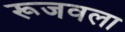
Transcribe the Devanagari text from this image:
रूजवला